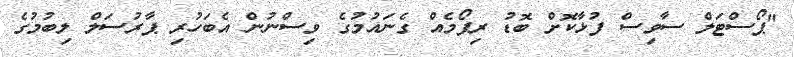
"ޕޯސްޓަލް ސާވިސް ފުޅާކޮށް ބޮޑު ރިފޯމެއް ގެނައުމުގެ ވިސްނުން އެބަހުރި ޕާރުސަލް ލިބުމުގެ